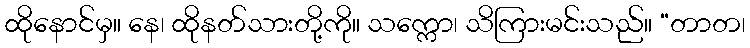
ထိုနောင်မှ။ နေ၊ ထိုနတ်သားတို့ကို။ သက္ကော၊ သိကြားမင်းသည်။ “တာတ၊